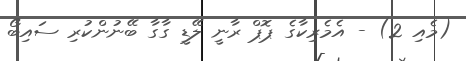
(މެއި 2) - އެމެރިކާގެ ޕޮޕް ރާނީ ލޭޑީ ގާގާ ބޭނުންކުރި ސައިބޯ